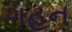
ગહન